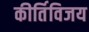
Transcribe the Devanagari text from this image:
कीर्तिविजय